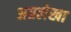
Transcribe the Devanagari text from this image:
अग्रलेखा